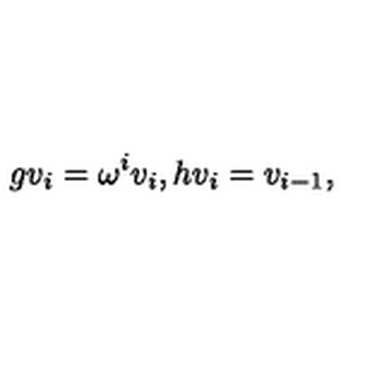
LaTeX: g v _ { i } = \omega ^ { i } v _ { i } , h v _ { i } = v _ { i - 1 } ,